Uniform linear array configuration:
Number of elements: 12
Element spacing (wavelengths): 0.5
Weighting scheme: blackman
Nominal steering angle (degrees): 15
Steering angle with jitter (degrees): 13.453
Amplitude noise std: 0.05
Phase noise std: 0.05

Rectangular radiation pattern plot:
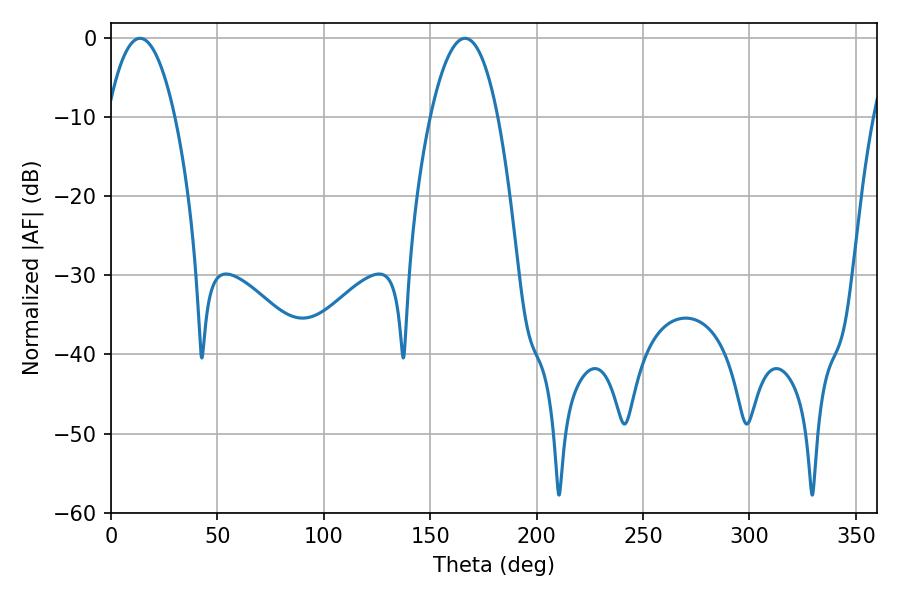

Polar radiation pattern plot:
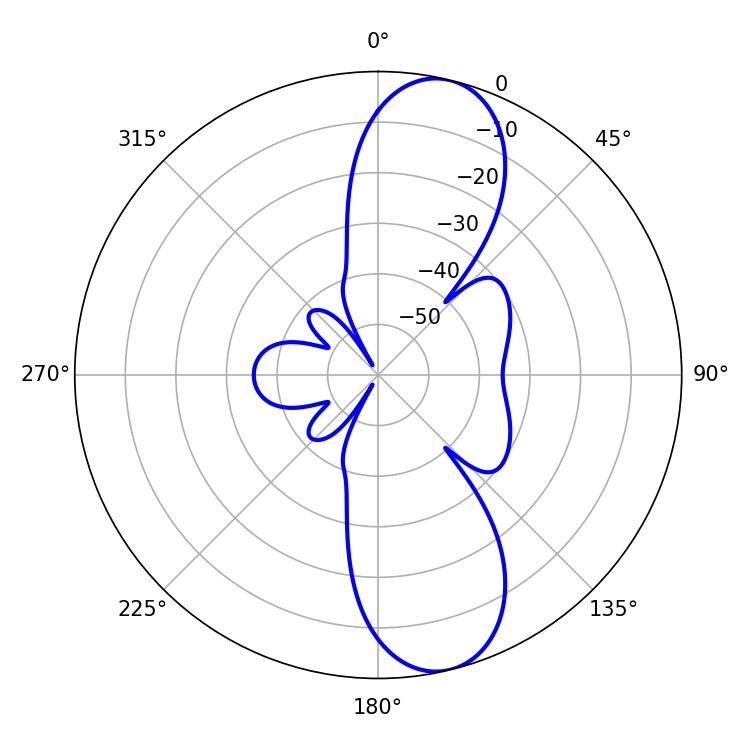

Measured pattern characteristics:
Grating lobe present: FALSE
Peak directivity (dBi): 11.054
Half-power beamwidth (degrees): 17.64
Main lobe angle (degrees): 13.68